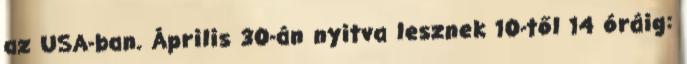
az USA-ban. Április 30-án nyitva lesznek 10-től 14 óráig: